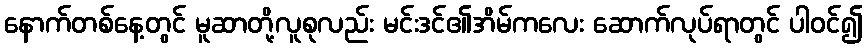
နောက်တစ်နေ့တွင် မူဆာတို့လူစုလည်း မင်းဒင်၏အိမ်ကလေး ဆောက်လုပ်ရာတွင် ပါဝင်၍